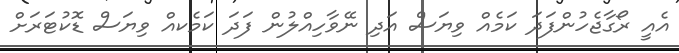
އެއީ ރޯގާޖެހުންފަދަ ކަމެއް ވިޔަސް އަދި ނޭވާހިއްލުން ފަދަ ކަމެކއް ވިޔަސް ޑޮކުޓަރަށް